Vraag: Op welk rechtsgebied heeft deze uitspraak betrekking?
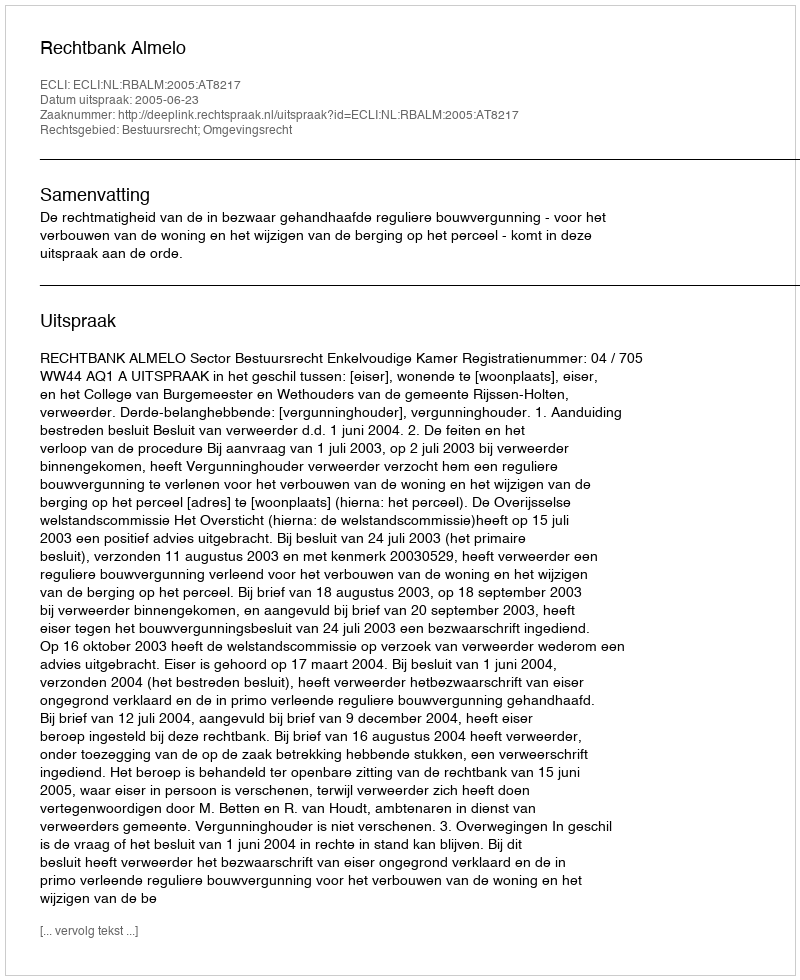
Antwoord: Bestuursrecht; Omgevingsrecht